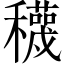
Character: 𥣫